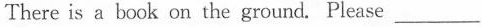
There is a book on the ground. Please ___